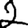
Digit: 2